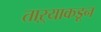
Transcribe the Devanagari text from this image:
ताऱ्याकडून